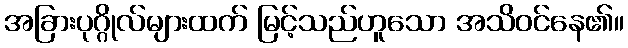
အခြားပုဂ္ဂိုလ်များထက် မြင့်သည်ဟူသော အသိဝင်နေ၏။